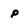
Character: p